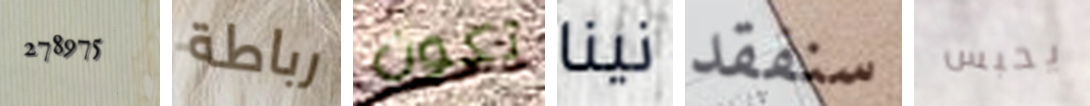
278975 رباطة تكون نينا سنفقد يحبس